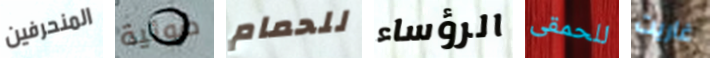
المنحرفين ضوئية للحمام الرؤساء للحمقى غاريت